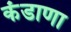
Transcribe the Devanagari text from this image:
कंडाणा